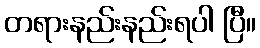
တရားနည်းနည်းရပါ ပြီ။